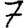
Digit: 7